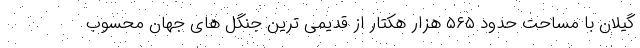
گیلان با مساحت حدود ۵۶۵ هزار هکتار از قدیمی ترین جنگل های جهان محسوب